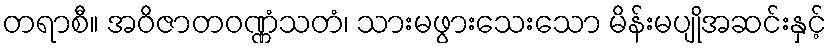
တရာစီ။ အဝိဇာတဝဏ္ဏံသတံ၊ သားမဖွားသေးသော မိန်းမပျိုအဆင်းနှင့်